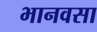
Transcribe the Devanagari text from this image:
भानवसा